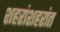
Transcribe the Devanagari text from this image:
शहरांशहरांत